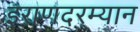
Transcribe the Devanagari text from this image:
इराणदरम्यान